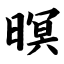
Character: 暝